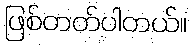
ဖြစ်တတ်ပါတယ်။